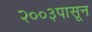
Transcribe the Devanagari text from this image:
२००३पासून